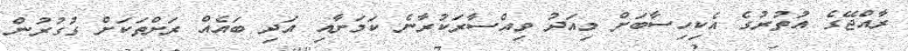
ރާއްޖޭގެ އުތުރުގެ އެކިހިސާބަށް މިއަދު ވިއްސާރަކުރާނެ ކަމަށާއި އަދި ބައެއް ރަށްތަކަށް ގުގުރުން